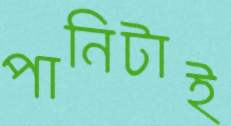
পানিটাই